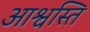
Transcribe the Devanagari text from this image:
आश्वस्ति